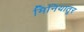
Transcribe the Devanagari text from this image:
मिनियातूर